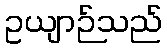
ဥယျာဉ်သည်